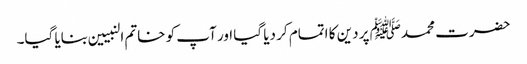
حضرت محمدﷺ پر دین کا اتمام کر دیا گیا اور آپ کو خاتم النبیین بنایا گیا۔